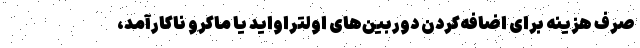
صرف هزینه برای اضافه‌کردن دوربین‌های اولتراواید یا ماکرو ناکارآمد،